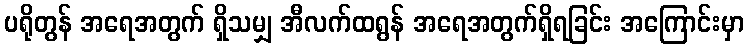
ပရိုတွန် အရေအတွက် ရှိသမျှ အီလက်ထရွန် အရေအတွက်ရှိရခြင်း အကြောင်းမှာ